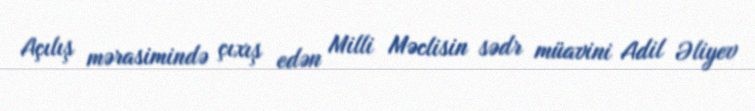
Açılış mərasimində çıxış edən Milli Məclisin sədr müavini Adil Əliyev